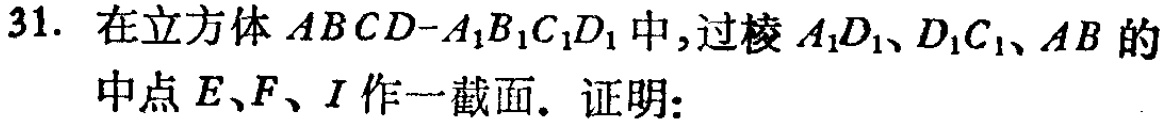
31. 在立方体 \(ABCD - A_{1}B_{1}C_{1}D_{1}\) 中，过棱 \(A_{1}D_{1}\)、\(D_{1}C_{1}\)、\(AB\) 的中点 \(E\)、\(F\)、\(I\) 作一截面. 证明：